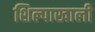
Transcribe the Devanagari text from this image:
शिल्पाखाली